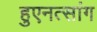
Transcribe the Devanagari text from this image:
हुएनत्सांग